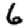
Digit: 6